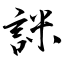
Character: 詸